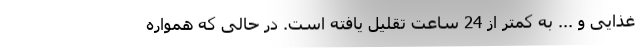
غذایی و ... به کمتر از 24 ساعت تقلیل یافته است. در حالی که همواره